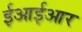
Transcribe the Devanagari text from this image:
ईआईआर